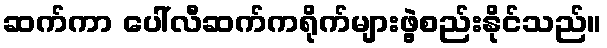
ဆက်ကာ ပေါ်လီဆက်ကရိုက်များဖွဲ့စည်းနိုင်သည်။